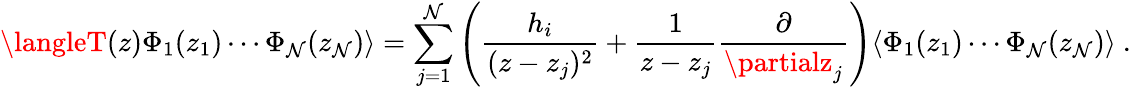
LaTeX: \langleT(z)\Phi_{1}(z_{1})\cdots\Phi_{\mathcal{N}}(z_{\mathcal{N}})\rangle=\sum_{j=1}^{\mathcal{N}}\left(\frac{{h_{i}}}{{(z-z_{j})^{2}}}+\frac{{1}}{{z-z_{j}}}\frac{{\partial}}{{\partialz_{j}}}\right)\langle\Phi_{1}(z_{1})\cdots\Phi_{\mathcal{N}}(z_{\mathcal{N}})\rangle~.